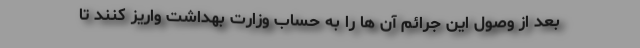
بعد از وصول این جرائم آن ها را به حساب وزارت بهداشت واریز کنند تا